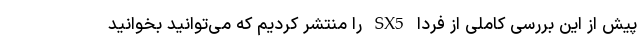
پیش از این بررسی کاملی از فردا SX5 را منتشر کردیم که می‌توانید بخوانید